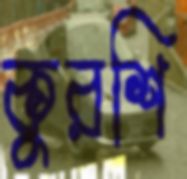
কুরশি